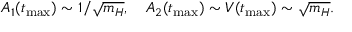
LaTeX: A _ { 1 } ( t _ { \mathrm { m a x } } ) \sim 1 / \sqrt { m _ { H } } , \quad A _ { 2 } ( t _ { \mathrm { m a x } } ) \sim V ( t _ { \mathrm { m a x } } ) \sim \sqrt { m _ { H } } .